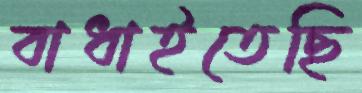
বাধাইতেছি